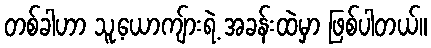
တစ်ခါဟာ သူ့ယောကျ်ားရဲ့ အခန်းထဲမှာ ဖြစ်ပါတယ်။